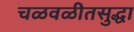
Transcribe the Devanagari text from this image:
चळवळीतसुद्धा